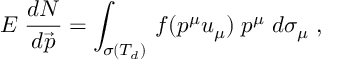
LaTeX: E \; \frac { d N } { d \vec { p } } = \int _ { \sigma ( T _ { d } ) } \, f ( p ^ { \mu } u _ { \mu } ) \; p ^ { \mu } \; d \sigma _ { \mu } \; ,